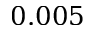
0 . 0 0 5